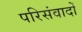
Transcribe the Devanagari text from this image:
परिसंवादों